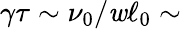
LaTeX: \gamma\tau\sim\nu_{0}/\mathit{w}\ell_{0}\sim